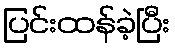
ပြင်းထန်ခဲ့ပြီး